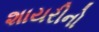
શાયરીનો